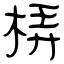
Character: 梇